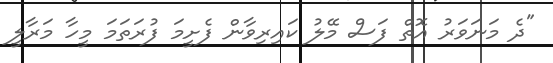
"ދެ މަނަވަރު އޮތް ފަސް މޭލު ކައިރިވާން ފެށީމަ ފުރަތަމަ މީހާ މަރާލީ